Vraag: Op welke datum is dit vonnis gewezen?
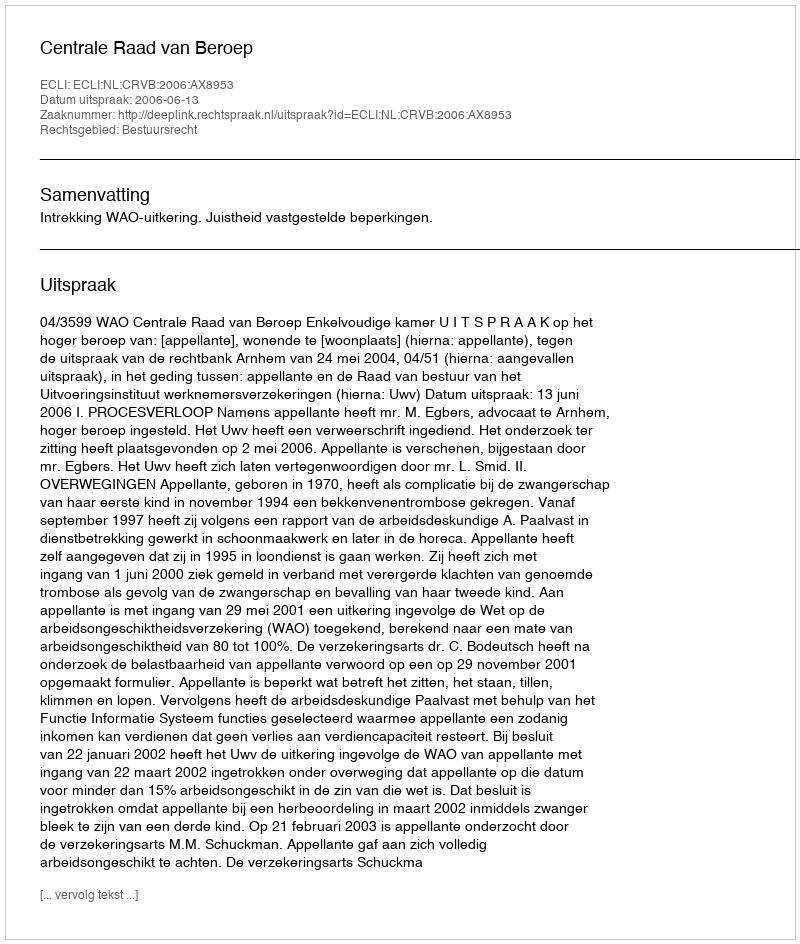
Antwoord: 2006-06-13